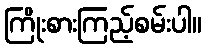
ကြိုးစားကြည့်စမ်းပါ။